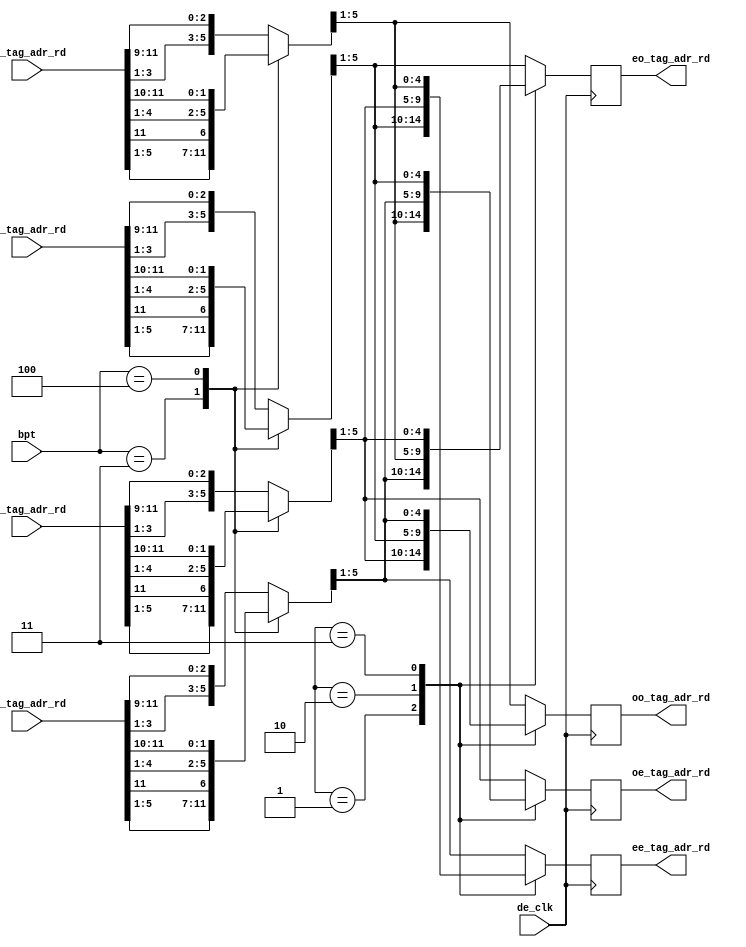
module de3d_read_addr_in
	(
	input		de_clk,		
	input	[2:0]	bpt,		
	input	[14:0]	ul_tag_adr_rd,	
	input	[14:0]	ll_tag_adr_rd,	
	input	[14:0]	ur_tag_adr_rd,	
	input	[14:0]	lr_tag_adr_rd,	
	output reg	[4:0]	ee_tag_adr_rd,
	output reg	[4:0]	eo_tag_adr_rd,
	output reg	[4:0]	oe_tag_adr_rd,
	output reg	[4:0]	oo_tag_adr_rd
	);
reg	[6:0]	ul_tag_adr_bpt;
reg	[6:0]	ll_tag_adr_bpt;
reg	[6:0]	ur_tag_adr_bpt;
reg	[6:0]	lr_tag_adr_bpt;
reg	[14:0]	ul_tag_adr;	
reg	[14:0]	ll_tag_adr;	
reg	[14:0]	ur_tag_adr;	
reg	[14:0]	lr_tag_adr;	
always @* begin
	case(bpt)
	3'b011:	
		begin
			ul_tag_adr_bpt = {ul_tag_adr_rd[5:1],ul_tag_adr_rd[11]};
			ll_tag_adr_bpt = {ll_tag_adr_rd[5:1],ll_tag_adr_rd[11]};
			ur_tag_adr_bpt = {ur_tag_adr_rd[5:1],ur_tag_adr_rd[11]};
			lr_tag_adr_bpt = {lr_tag_adr_rd[5:1],lr_tag_adr_rd[11]};
		end
	3'b100:	
		begin
			ul_tag_adr_bpt = {ul_tag_adr_rd[4:1],ul_tag_adr_rd[11:10]};
			ll_tag_adr_bpt = {ll_tag_adr_rd[4:1],ll_tag_adr_rd[11:10]};
			ur_tag_adr_bpt = {ur_tag_adr_rd[4:1],ur_tag_adr_rd[11:10]};
			lr_tag_adr_bpt = {lr_tag_adr_rd[4:1],lr_tag_adr_rd[11:10]};
		end
	default: 
		begin
			ul_tag_adr_bpt = {ul_tag_adr_rd[3:1],ul_tag_adr_rd[11:9]};
			ll_tag_adr_bpt = {ll_tag_adr_rd[3:1],ll_tag_adr_rd[11:9]};
			ur_tag_adr_bpt = {ur_tag_adr_rd[3:1],ur_tag_adr_rd[11:9]};
			lr_tag_adr_bpt = {lr_tag_adr_rd[3:1],lr_tag_adr_rd[11:9]};
		end
	endcase
	end
always @(posedge de_clk) begin
  		casex ({ul_tag_adr_bpt[0],ul_tag_adr[0],ur_tag_adr_bpt[0]})
    		3'b01x:
			begin
				 ee_tag_adr_rd <= ll_tag_adr_bpt[5:1];
				 oe_tag_adr_rd <= lr_tag_adr_bpt[5:1];
				 eo_tag_adr_rd <= ul_tag_adr_bpt[5:1];
				 oo_tag_adr_rd <= ur_tag_adr_bpt[5:1];
			end
    		3'b10x:
			begin
				 ee_tag_adr_rd <= ur_tag_adr_bpt[5:1];
				 oe_tag_adr_rd <= ul_tag_adr_bpt[5:1];
				 eo_tag_adr_rd <= lr_tag_adr_bpt[5:1];
				 oo_tag_adr_rd <= ll_tag_adr_bpt[5:1];
			end
    		3'b11x:
			begin
				 ee_tag_adr_rd <= lr_tag_adr_bpt[5:1];
				 oe_tag_adr_rd <= ll_tag_adr_bpt[5:1];
				 eo_tag_adr_rd <= ur_tag_adr_bpt[5:1];
				 oo_tag_adr_rd <= ul_tag_adr_bpt[5:1];
			end
    		default:
			begin
				 ee_tag_adr_rd = ul_tag_adr_bpt[5:1];
				 oe_tag_adr_rd = ur_tag_adr_bpt[5:1];
				 eo_tag_adr_rd = ll_tag_adr_bpt[5:1];
				 oo_tag_adr_rd = lr_tag_adr_bpt[5:1];
			end
  		endcase
	end
endmodule